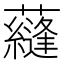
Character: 蘕